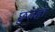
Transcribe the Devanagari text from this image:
छुतहा